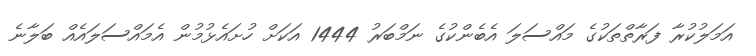
އަމަލުކުރާ ފަރާތްތަކުގެ މައްސަލަ އެބެންކުގެ ނަމްބަރު 1444 އަކަށް ހުށައެޅުމުން އެމައްސަލައެއް ބަލާނެ